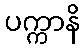
ပက္ကာနိ